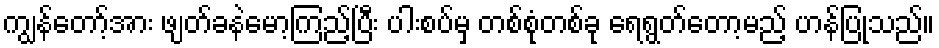
ကျွန်တော့်အား ဖျတ်ခနဲမော့ကြည့်ပြီး ပါးစပ်မှ တစ်စုံတစ်ခု ရေရွတ်တော့မည့် ဟန်ပြုသည်။